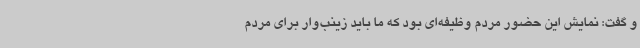
و گفت: نمایش این حضور مردم وظیفه‌ای بود که ما باید زینب‌وار برای مردم